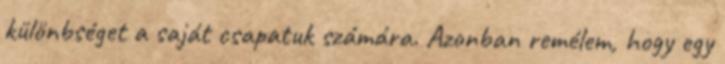
különbséget a saját csapatuk számára. Azonban remélem, hogy egy